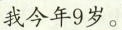
我今年9岁。